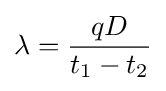
\lambda ={\frac {qD}{t_{1}-t_{2}}}